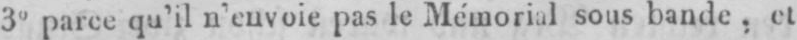
3° parce qu’il n’envoie pas le Mémorial sous bande, et